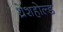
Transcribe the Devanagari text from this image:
थ्रेशहोल्ड